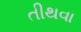
તીથવા